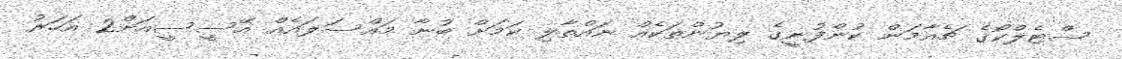
ސްޓެލްކޯގެ ޗެއާމަން ކުންފުނީގެ ލިޔުންތަކެއް ނައްތާލި ކަމަށް ބުނާ މައްސަލައެއް އޭސީސީއަށް2 އަހަރު